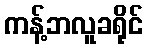
ကန့်ဘလူခရိုင်